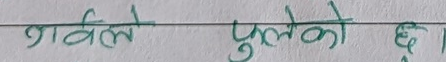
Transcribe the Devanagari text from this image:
गर्वले फुलेको छ।